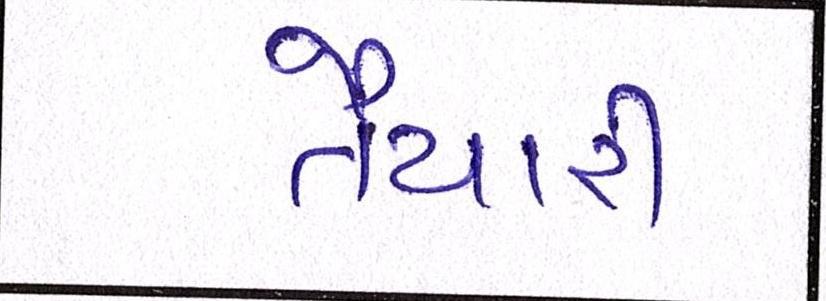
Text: તૈયારી